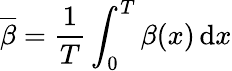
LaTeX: \overline{{\beta}}=\frac{1}{T}\int_{0}^{T}\beta(x)\mathop{}\! \mathrm{d}x